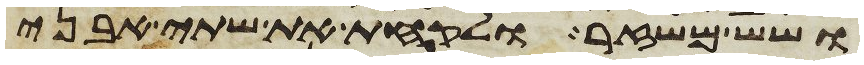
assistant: ושש משזר ולקחת את שתי אבני